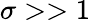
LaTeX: \sigma>>1